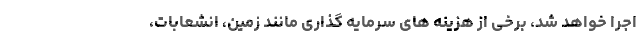
اجرا خواهد شد، برخی از هزینه های سرمایه گذاری مانند زمین، انشعابات،